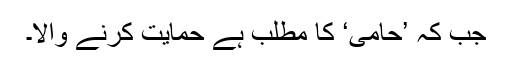
جب کہ ’حامی‘ کا مطلب ہے حمایت کرنے والا۔